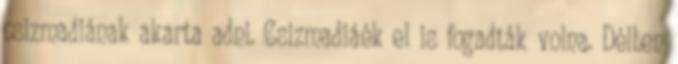
csizmadiának akarta adni. Csizmadiáék el is fogadták volna. Délben